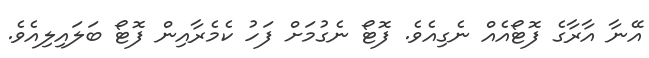
އޭނާ އާރާގެ ފޮޓޯއެއް ނެގިއެވެ. ފޮޓޯ ނެގުމަށް ފަހު ކެމެރާއިން ފޮޓޯ ބަލައިލިއެވެ.